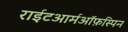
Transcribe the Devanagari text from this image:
राईटआर्मऑफ़स्पिन